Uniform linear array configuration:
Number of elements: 16
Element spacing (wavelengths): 0.5
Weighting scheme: hamming
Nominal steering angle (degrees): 60
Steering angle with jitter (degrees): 61.546
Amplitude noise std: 0.05
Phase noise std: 0.05

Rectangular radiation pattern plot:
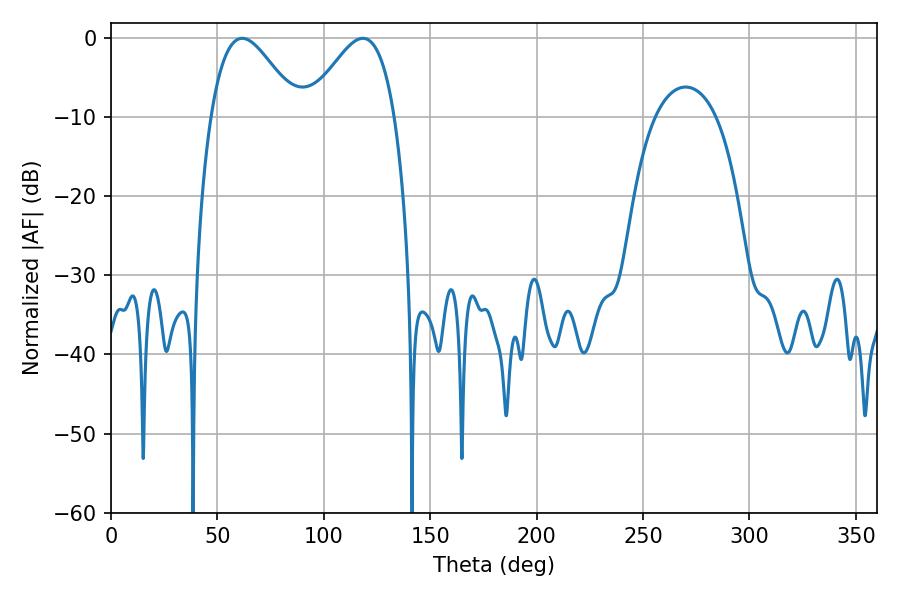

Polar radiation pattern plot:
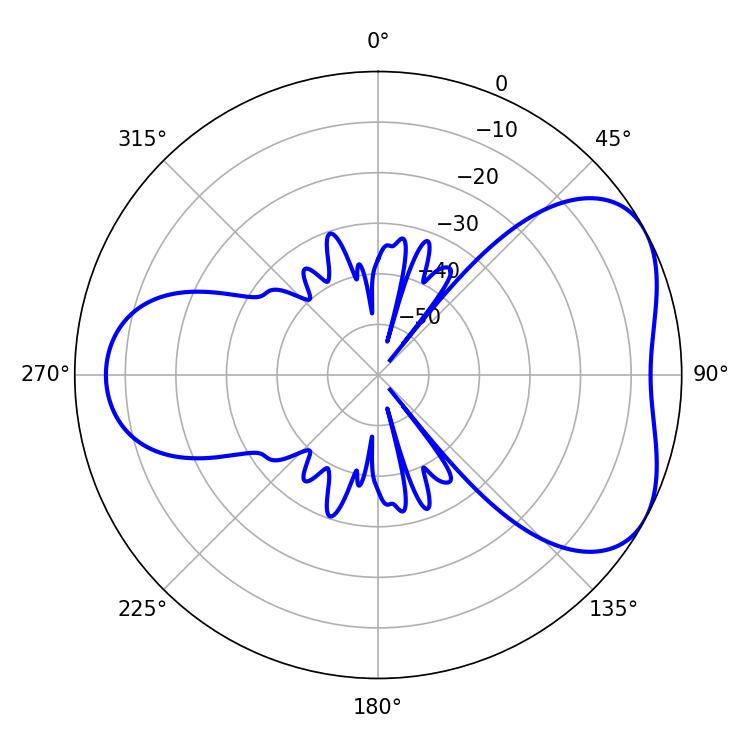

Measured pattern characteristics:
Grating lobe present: FALSE
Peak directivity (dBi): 4.854
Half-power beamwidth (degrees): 21.96
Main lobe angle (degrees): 61.56